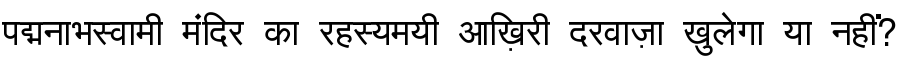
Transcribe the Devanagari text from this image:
पद्मनाभस्वामी मंदिर का रहस्यमयी आख़िरी दरवाज़ा खुलेगा या नहीं?